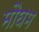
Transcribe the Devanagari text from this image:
मौघम